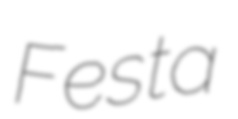
Festa